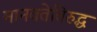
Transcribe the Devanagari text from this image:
मानवतेविरुद्ध